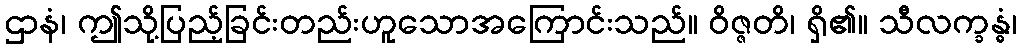
ဌာနံ၊ ဤသို့ပြည့်ခြင်းတည်းဟူသောအကြောင်းသည်။ ဝိဇ္ဇတိ၊ ရှိ၏။ သီလက္ခန္ဓံ၊